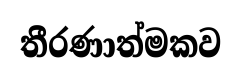
තීරණාත්මකව